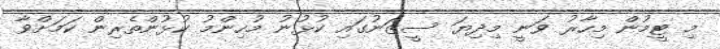
މި ޓީމުން މިހާރު ވަނީ މިދިޔަ ސީޒަނުގައި ކުޅުނު މުހިންމު ކުޅުންތެރިން ކަމަށްވާ